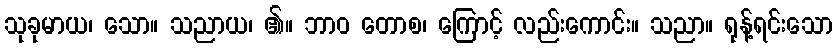
သုခုမာယ၊ သော။ သညာယ၊ ၏။ ဘာဝ တောစ၊ ကြောင့် လည်းကောင်း။ သညာ။ ရုန့်ရင်းသော